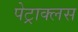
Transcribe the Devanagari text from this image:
पेट्राक्लस